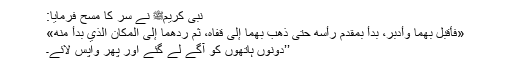
نبی کریمﷺ نے سر کا مسح فرمایا:
«فَأَقْبَلَ بِهِمَا وَأَدْبَرَ، بَدَأَ بِمُقَدَّمِ رَأْسِهِ حَتَّى ذَهَبَ بِهِمَا إِلَى قَفَاهُ، ثُمَّ رَدَّهُمَا إِلَى المَكَانِ الَّذِي بَدَأَ مِنْهُ»
’’دونوں ہاتھوں کو آگے لے گئے اور پھر واپس لائے۔